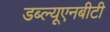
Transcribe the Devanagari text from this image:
डब्ल्यूएनबीटी